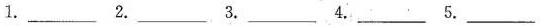
1.___ 2.___ 3.___ 4.___ 5.___